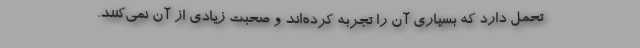
تحمل دارد که بسیاری آن را تجربه کرده‌اند و صحبت زیادی از آن نمی‌کنند.